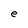
Character: e